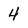
Character: 4